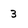
Character: 3